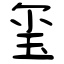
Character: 玺